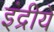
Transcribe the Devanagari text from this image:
इंद्रीये